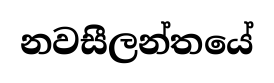
නවසීලන්තයේ